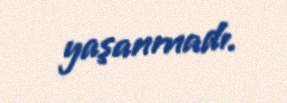
yaşanmadı.